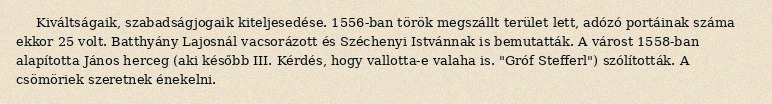
Kiváltságaik, szabadságjogaik kiteljesedése. 1556-ban török megszállt terület lett, adózó portáinak száma ekkor 25 volt. Batthyány Lajosnál vacsorázott és Széchenyi Istvánnak is bemutatták. A várost 1558-ban alapította János herceg (aki később III. Kérdés, hogy vallotta-e valaha is. "Gróf Stefferl") szólították. A csömöriek szeretnek énekelni.